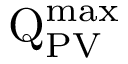
\mathrm { Q } _ { \mathrm { P V } } ^ { \mathrm { m a x } }